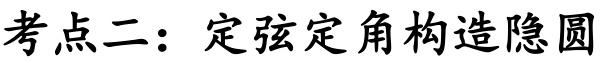
考点二：定弦定角构造隐圆